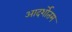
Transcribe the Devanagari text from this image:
आदर्शोतम